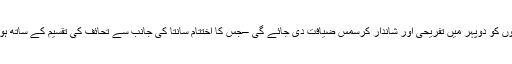
بچوں کو دوپہر میں تفریحی اور شاندار کرسمس ضیافت دی جائے گی –جس کا اختتام سانتا کی جانب سے تحائف کی تقسیم کے ساتھ ہوگا۔